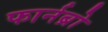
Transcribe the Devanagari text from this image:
फार्नब्रो